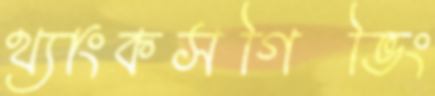
থ্যাংকসগিভিং